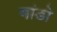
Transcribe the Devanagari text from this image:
मांडो